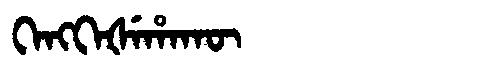
Manchu: ᡴᡝᠩᡴᡝᡧᡝᡥᠠᡴᡡ
Romanization: KENGKEŠEHAKŪ